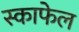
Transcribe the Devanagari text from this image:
स्काफेल